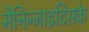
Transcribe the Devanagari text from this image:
मैनिन्जाइटिसके